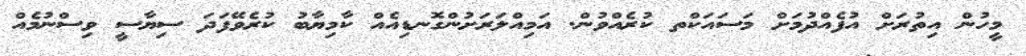
މީހުން އިތުރަށް އުފެއްދުމަށް މަސައަކްތ ކުރެއްވުން. އަމިއްލަރަށުންގޮނޑިއެއް ކާމިޔާބު ކުރެވޭފަދަ ސިޔާސީ ވިސްނުމެއް